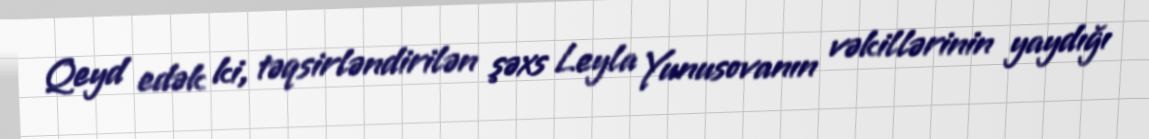
Qeyd edək ki, təqsirləndirilən şəxs Leyla Yunusovanın vəkillərinin yaydığı